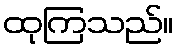
ထုကြသည်။